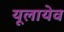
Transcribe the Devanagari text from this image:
यूलायेव